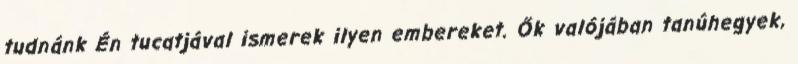
tudnánk Én tucatjával ismerek ilyen embereket. Ők valójában tanúhegyek,